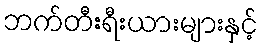
ဘက်တီးရီးယားများနှင့်